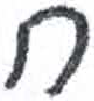
אות: ח